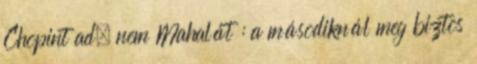
Chopint ad, nem Mahalát : a másodiknál meg biztos